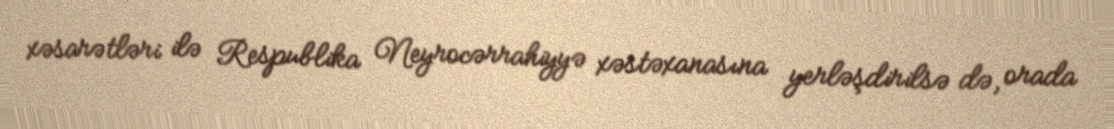
xəsarətləri ilə Respublika Neyrocərrahiyyə xəstəxanasına yerləşdirilsə də, orada